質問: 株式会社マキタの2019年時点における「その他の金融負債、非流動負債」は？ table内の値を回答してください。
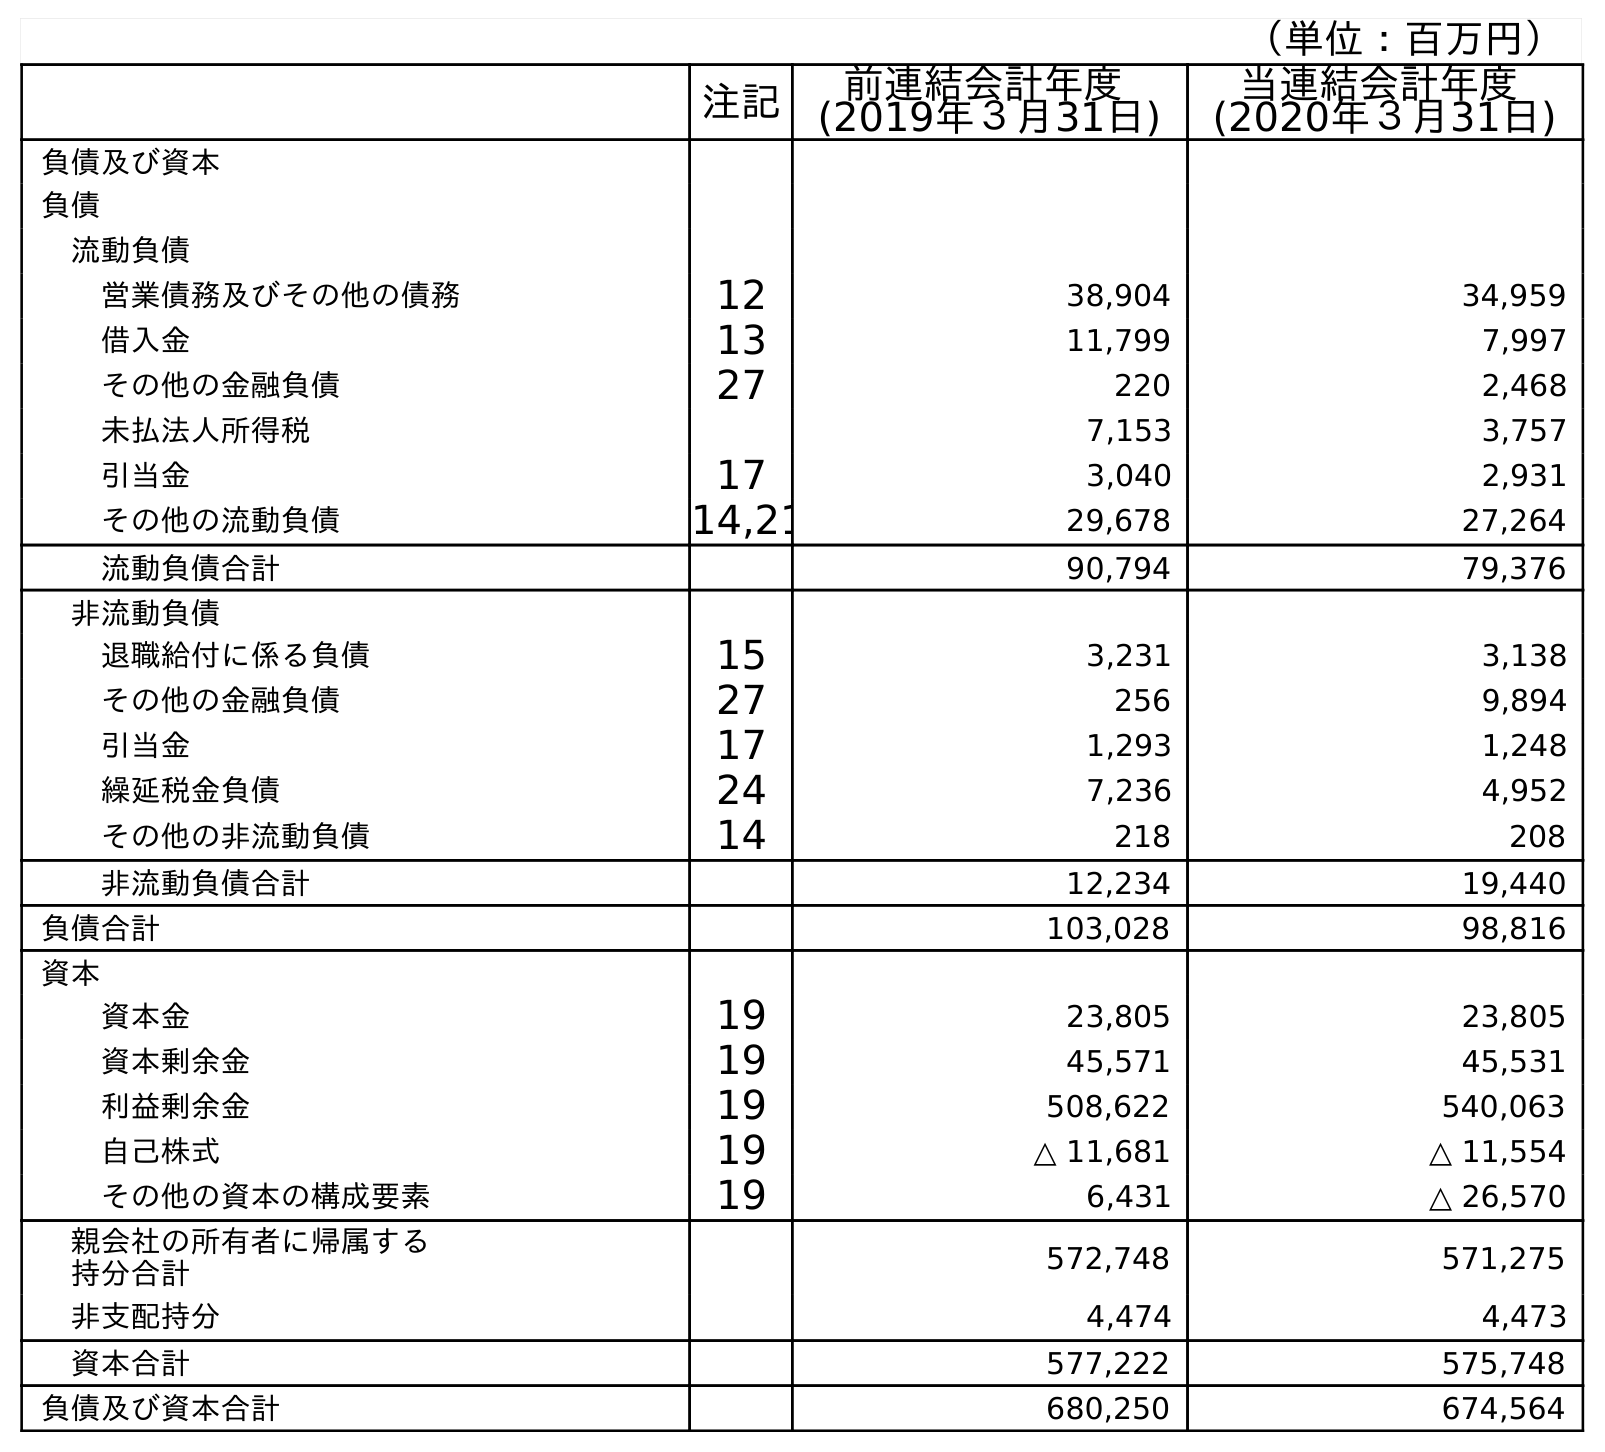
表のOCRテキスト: （単位：百万円） 注記 前連結会計年度 (2019年３月31日) 当連結会計年度 (2020年３月31日) 負債及び資本 負債 流動負債 営業債務及びその他の債務 12 38,904 34,959 借入金 13 11,799 7,997 その他の金融負債 27 220 2,468 未払法人所得税 7,153 3,757 引当金 17 3,040 2,931 その他の流動負債 14,21 29,678 27,264 流動負債合計 90,794 79,376 非流動負債 退職給付に係る負債 15 3,231 3,138 その他の金融負債 27 256 9,894 引当金 17 1,293 1,248 繰延税金負債 24 7,236 4,952 その他の非流動負債 14 218 208 非流動負債合計 12,234 19,440 負債合計 103,028 98,816 資本 資本金 19 23,805 23,805 資本剰余金 19 45,571 45,531 利益剰余金 19 508,622 540,063 自己株式 19 △ 11,681 △ 11,554 その他の資本の構成要素 19 6,431 △ 26,570 親会社の所有者に帰属する 持分合計 572,748 571,275 非支配持分 4,474 4,473 資本合計 577,222 575,748 負債及び資本合計 680,250 674,564
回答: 256